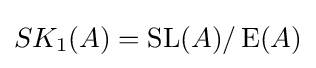
SK_{1}(A)=\operatorname {SL} (A)/\operatorname {E} (A)